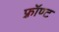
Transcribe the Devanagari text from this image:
फ़्रॉण्ट